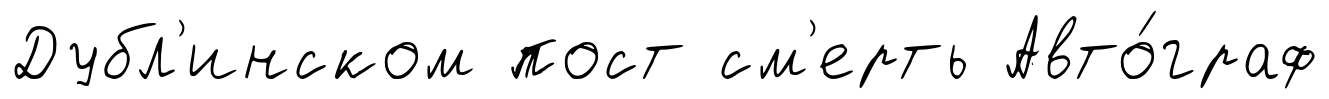
Дубл'инском пост см'ерть Авто́граф